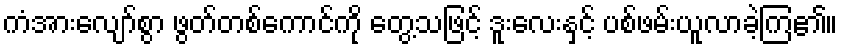
ကံအားလျော်စွာ ဖွတ်တစ်ကောင်ကို တွေ့သဖြင့် ဒူးလေးနှင့် ပစ်ဖမ်းယူလာခဲ့ကြ၏။